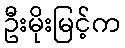
ဦးမိုးမြင့်က